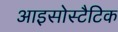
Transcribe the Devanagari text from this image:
आइसोस्टैटिक